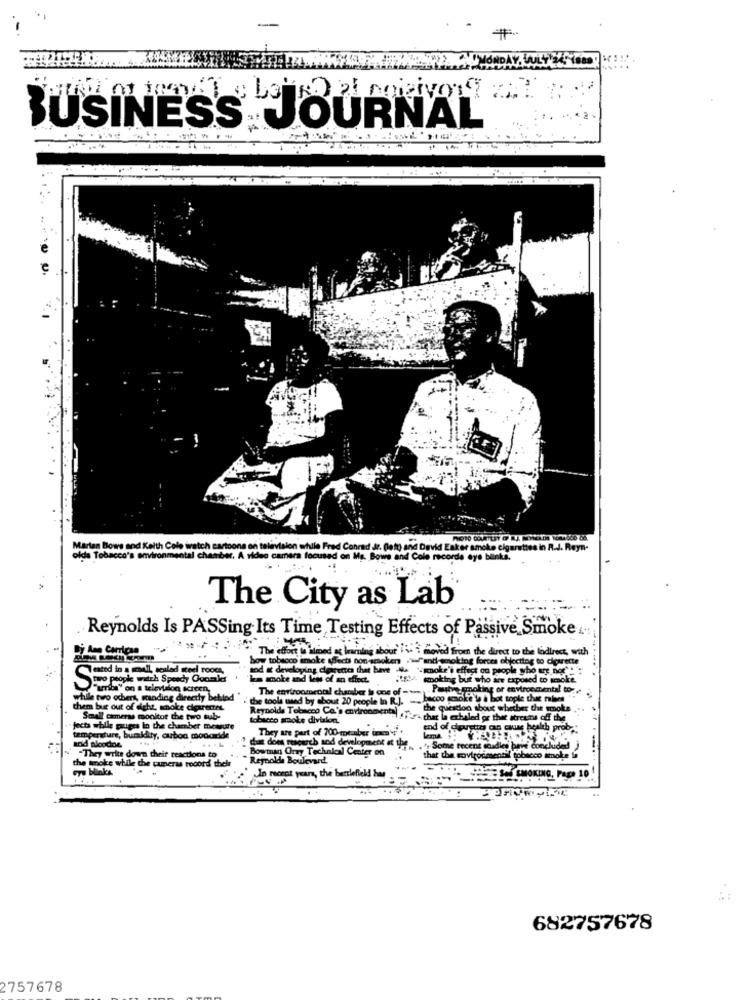
BUSINESS
JOURNAL
Marian Bowe and Keith Cole watch cartoons on television while Fred Conrad Jr. (lett) and David Eaker smoke cigarettes in R.J. Reyn-
olds Tobacco's environmental chamber. A video
A video camera focused on Ma. Bow
ad Cole recorde eye bEnts.
The City as Lab
Reynolds Is PASSing Its Time Testing Effects of Passive Smoke ...
-
The effort in ilmed a learning about i' i moved from the direct to the ladies with
..
oy tobacco amolte affects non-spoken 'wf
oking forces objecting to cigarette
Tested in a mail
all, scaled steel roots
snoke's effect on people who are not"!":
Stro people watch Speedy Ouomle
toMy smoking but who are exposed to smoke.
"arriba" on a television screen,
The environmental chatsber is one of -
ing or environmental to-
while two ochers, manding directly belled "
the tools used by about 20 people In R.J. -
them but out of sight, smoke cigarettes.
Reynolds Tobacco Ca's environs
the question about whether the smoke
Small cameras monitor the two sub-
tobacco smoke division
amental ftes chat la echaled or thee itreams off the
jects while gauges in the chamber measure
They are part of 700-member in
end of clausttrs cg case health prob .:
temperature, bumidity, cuboa moncride
and BloodDe
"They write down their reactions to
chat dom research and development at the .", Some recent soadles ban concluded
Bowman Gray Technical Center on
Reynolds Boulevard
that the covigormentil tobacco anole
the smoke while the cameras rooord their
In recent years, the berriefield bom
..
682757678
2757678